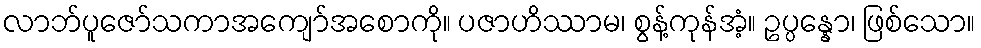
လာဘ်ပူဇော်သကာအကျော်အစောကို။ ပဇာဟိဿာမ၊ စွန့်ကုန်အံ့။ ဥပ္ပန္နော၊ ဖြစ်သော။